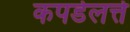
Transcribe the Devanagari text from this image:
कपडेलत्ते